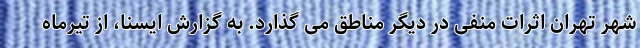
شهر تهران اثرات منفی در دیگر مناطق می گذارد. به گزارش ایسنا، از تیرماه